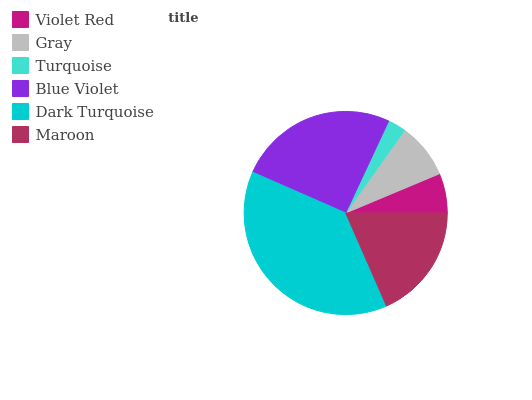
| Violet Red | Gray | Turquoise | Blue Violet | Dark Turquoise | Maroon |
 | --- | --- | --- | --- | --- | --- |
 | 6.32% | 8.85% | 2.9% | 25.3% | 38.2% | 18.5% |